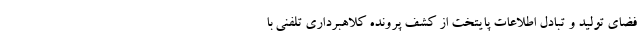
فضای تولید و تبادل اطلاعات پایتخت از کشف پرونده کلاهبرداری تلفنی با